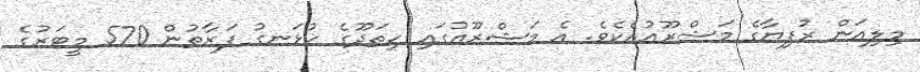
މިލިއަން ރުފިޔާގެ މަޝްރޫއުއެކެވެ. އެ މަޝްރޫއުގައި ހިތަދޫގެ ހުޅަނގު ފަރާތުން 570 މީޓަރުގެ